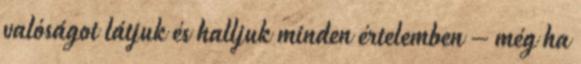
valóságot látjuk és halljuk minden értelemben – még ha